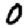
Digit: 0